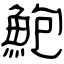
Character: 鮑